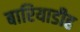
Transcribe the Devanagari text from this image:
बारियाडीह